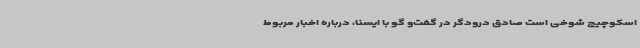
اسکوچیچ شوخی است صادق درودگر در گفت‌و گو با ایسنا، درباره اخبار مربوط